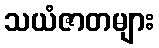
သယံဇာတများ